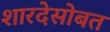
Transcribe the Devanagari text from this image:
शारदेसोबत